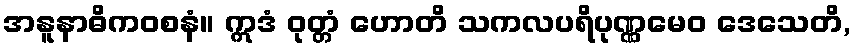
အနူနာဓိကဝစနံ။ ဣဒံ ဝုတ္တံ ဟောတိ သကလပရိပုဏ္ဏမေဝ ဒေသေတိ,